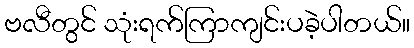
ဗလီတွင် သုံးရက်ကြာကျင်းပခဲ့ပါတယ်။